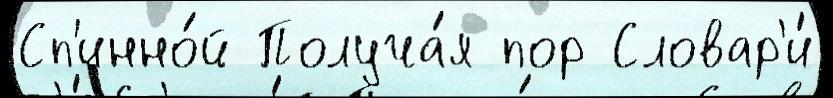
Сп'инно́й Получа́я пор Словар'и́